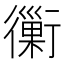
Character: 𧘀